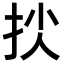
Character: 𢫐